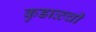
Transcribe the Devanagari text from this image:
कुडाळची